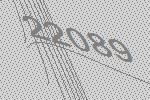
22089